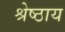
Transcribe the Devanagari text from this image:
श्रेष्ठाय